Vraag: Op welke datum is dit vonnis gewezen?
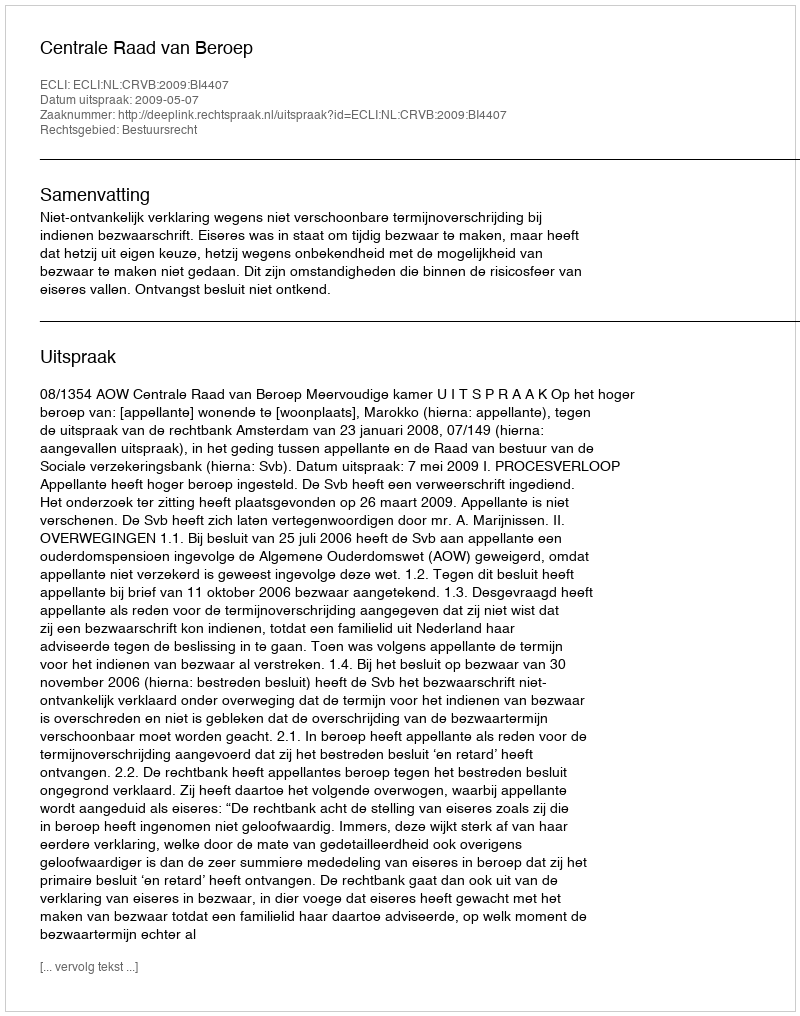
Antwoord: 2009-05-07